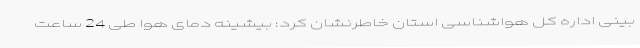
بینی اداره کل هواشناسی استان خاطرنشان کرد: بیشینه دمای هوا طی 24 ساعت